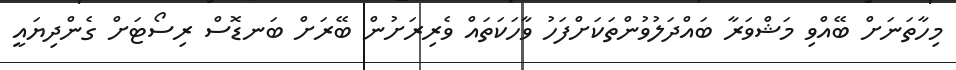
މިހާތަނަށް ބޭއްވި މަޝްވަރާ ބައްދަލުވުންތަކަށްފަހު ވާހަކަތައް ވެރިރަށުން ބޭރަށް ބަނޑޮސް ރިސޯޓަށް ގެންދިޔައީ